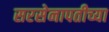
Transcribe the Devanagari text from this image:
सरसेनापतीच्या